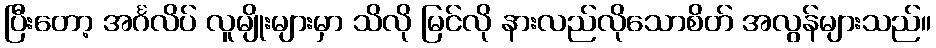
ပြီးတော့ အင်္ဂလိပ် လူမျိုးများမှာ သိလို မြင်လို နားလည်လိုသောစိတ် အလွန်များသည်။